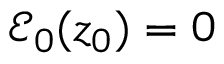
\mathcal { E } _ { 0 } ( z _ { 0 } ) = 0